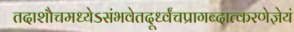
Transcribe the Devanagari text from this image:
तदाशौचमध्येऽसंभवेतदूर्ध्वंचप्रागब्दात्करणेज्ञेयं